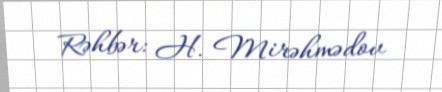
Rəhbər: H. Mirəhmədov